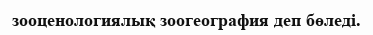
зооценологиялық зоогеография деп бөледі.